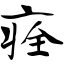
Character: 痊